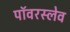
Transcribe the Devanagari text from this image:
पॉवरस्लेव